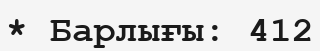
* Барлығы: 412